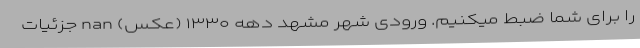
را برای شما ضبط میکنیم. ورودی شهر مشهد دهه ۱۳۳۰ (عکس) nan جزئیات